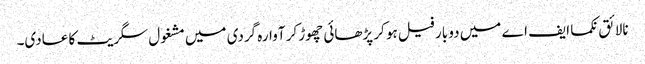
نالائق نکما ایف اے میں دو بار فیل ہو کر پڑھائی چھوڑ کر آوارہ گردی میں مشغول سگریٹ کا عادی۔